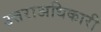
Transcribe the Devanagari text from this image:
उत्तराअधिकारी